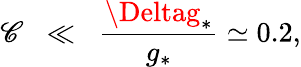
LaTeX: \mathscr{C}\; \; \ll\; \; \frac{{\Deltag_{*}}}{{g_{*}}}\simeq0.2,